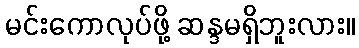
မင်းကောလုပ်ဖို့ ဆန္ဒမရှိဘူးလား။